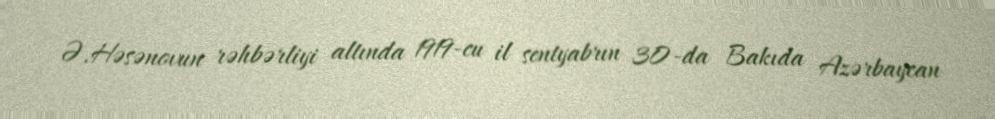
Ə.Həsənovun rəhbərliyi altında 1919-cu il sentyabrın 30-da Bakıda Azərbaycan